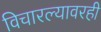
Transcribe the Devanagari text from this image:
विचारल्यावरही